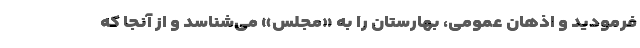
فرمودید و اذهان عمومی، بهارستان را به «مجلس» می‌شناسد و از آنجا که